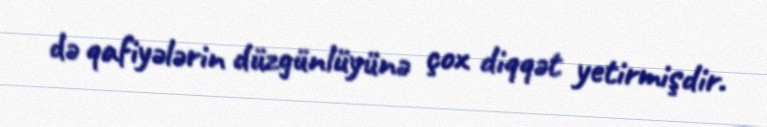
də qafiyələrin düzgünlüyünə çox diqqət yetirmişdir.